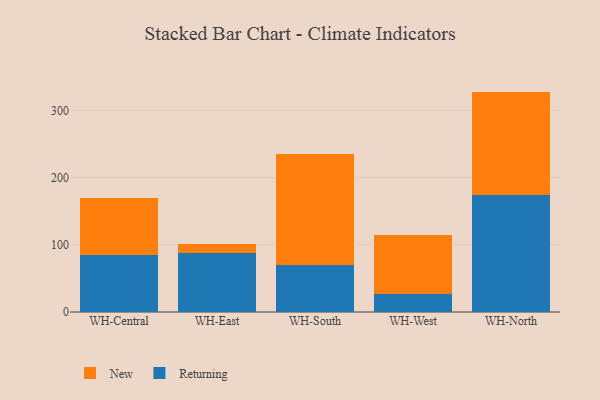
{"axis": {"x": "Warehouse", "y": "Tickets Resolved"}, "legend": ["New", "Returning"], "data": [{"x": "WH-Central", "y": 84.9, "type": "Returning"}, {"x": "WH-Central", "y": 84.2, "type": "New"}, {"x": "WH-East", "y": 88.6, "type": "Returning"}, {"x": "WH-East", "y": 13.3, "type": "New"}, {"x": "WH-South", "y": 70.1, "type": "Returning"}, {"x": "WH-South", "y": 165.6, "type": "New"}, {"x": "WH-West", "y": 27.3, "type": "Returning"}, {"x": "WH-West", "y": 87.0, "type": "New"}, {"x": "WH-North", "y": 173.6, "type": "Returning"}, {"x": "WH-North", "y": 154.7, "type": "New"}]}